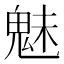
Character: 魅